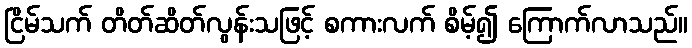
ငြိမ်သက် တိတ်ဆိတ်လွန်းသဖြင့် စကားလက် စိမ့်၍ ကြောက်လာသည်။